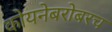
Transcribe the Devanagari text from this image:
कोयनेबरोबरच